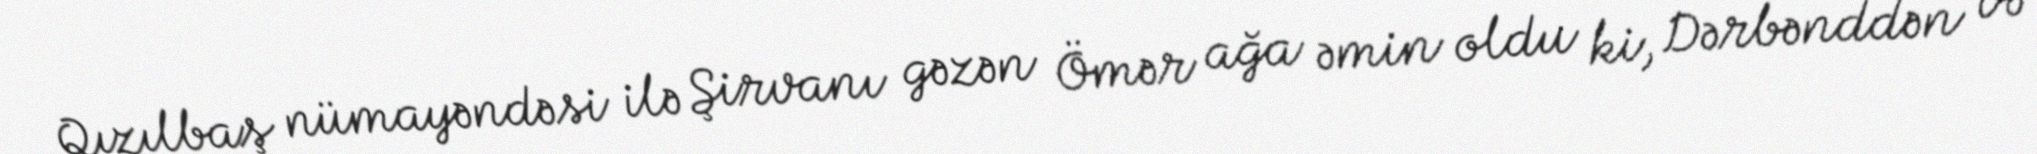
Qızılbaş nümayəndəsi ilə Şirvanı gəzən Ömər ağa əmin oldu ki, Dərbənddən və